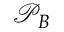
\mathcal { P } _ { B }